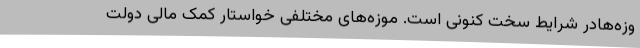
وزه‌هادر شرایط سخت کنونی است. موزه‌های مختلفی خواستار کمک مالی دولت